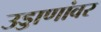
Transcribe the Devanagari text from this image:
उड्डाणांवर